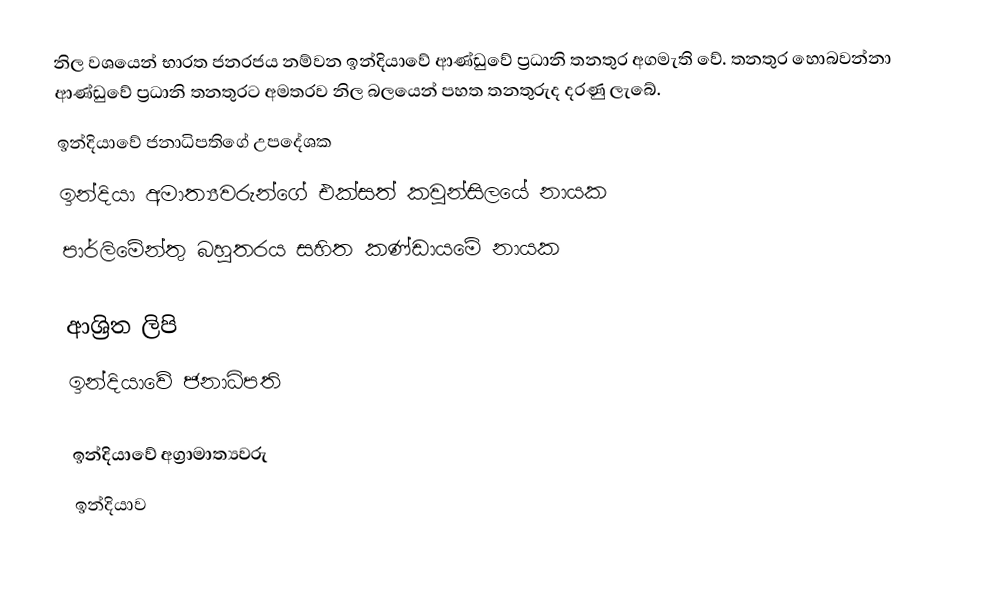
නිල වශයෙන් භාරත ජනරජය නම්වන ඉන්දියාවේ ආණ්ඩුවේ ප්‍රධානි තනතුර අගමැති වේ. තනතුර හොබවන්නා ආණ්ඩුවේ ප්‍රධානි තනතුරට අමතරව නිල බලයෙන් පහත තනතුරුද දරණු ලැබේ.
 ඉන්දියාවේ ජනාධිපතිගේ උපදේශක
 ඉන්දියා අමාත්‍යවරුන්ගේ එක්සත් කවුන්සිලයේ නායක
 පාර්ලිමේන්තු බහුතරය සහිත කණ්ඩායමේ නායක

ආශ්‍රිත ලිපි
 ඉන්දියාවේ ජනාධිපති

ඉන්දියාවේ අග්‍රාමාත්‍යවරු‎
ඉන්දියාව